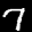
Label: 7